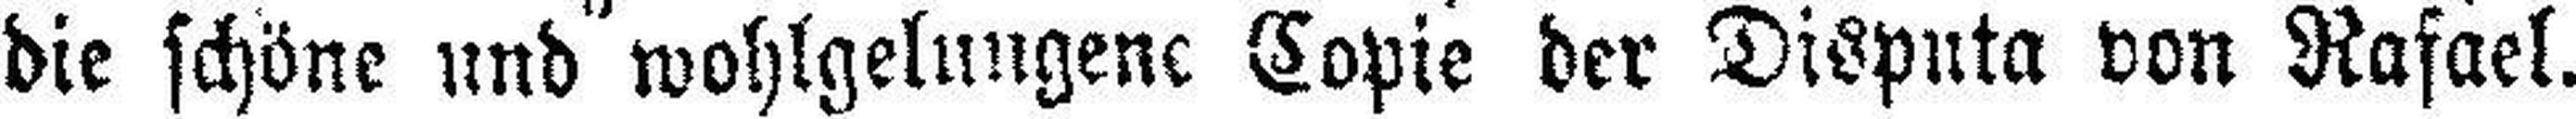
die schöne und wohlgelungene Copie der Disputa von Rafael.